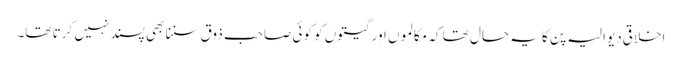
اخلاقی دیوالیہ پن کا یہ حال تھا کہ مکالموں اور گیتوں کو کوئی صاحب ذوق سننا بھی پسند نہیں کرتا تھا۔